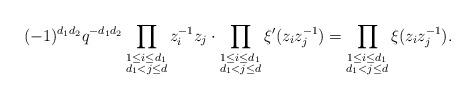
LaTeX: \begin{align*}(-1)^{d_1 d_2}q^{-d_1 d_2}\prod_{\begin{subarray}{c}1\leq i\leq d_1 \\d_1<j\leq d\end{subarray}}z_i^{-1} z_j \cdot \prod_{\begin{subarray}{c}1\leq i\leq d_1 \\d_1<j\leq d\end{subarray}}\xi'(z_i z_j^{-1})=\prod_{\begin{subarray}{c}1\leq i\leq d_1 \\d_1<j\leq d\end{subarray}}\xi(z_i z_j^{-1}). \end{align*}